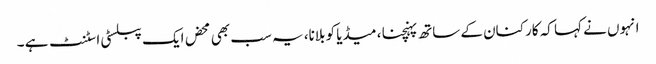
انہوں نے کہا کہ کارکنان کے ساتھ پہنچنا ، میڈیا کو بلانا، یہ سب بھی محض ایک پبلسٹی اسٹنٹ ہے ۔